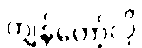
ကျွန်တော့်လို